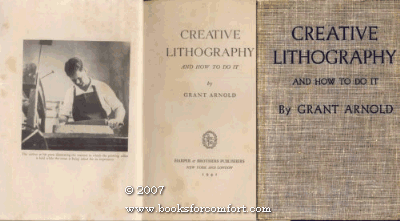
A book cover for Creative Lithography And How To Do It; Grant Arnold; Arts & Photography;